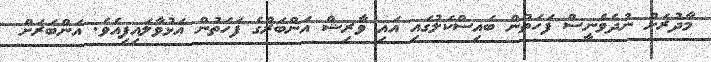
މާދުރަށް ނުދެވެނީސް ފަހަތުން ބައިސްކަލުގައި އައި ވާރިޝް އަންބަރްގެ ފަހަތުން އަޅުވާލައިފިއެވެ. އަންބަރަށް